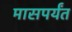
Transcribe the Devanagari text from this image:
मासपर्यंत